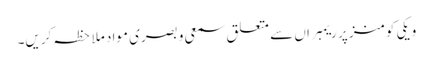
ویکی کومنز پر ریمبراں سے متعلق سمعی و بصری مواد ملاحظہ کریں۔